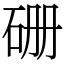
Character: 𥑬